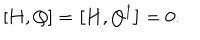
LaTeX: \left[ { \bf H } , Q \right] = \left[ { \bf H } , Q ^ { \dagger } \right] = 0 .